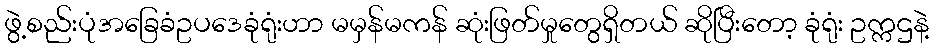
ဖွဲ့စည်းပုံအခြေခံဥပဒေခုံရုံးဟာ မမှန်မကန် ဆုံးဖြတ်မှုတွေရှိတယ် ဆိုပြီးတော့ ခုံရုံး ဥက္ကဌနဲ့